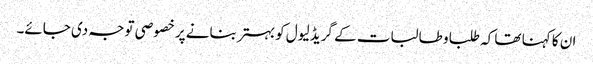
ان کا کہنا تھا کہ طلبا و طالبات کے گریڈ لیول کو بہتر بنانے پر خصوصی توجہ دی جائے۔